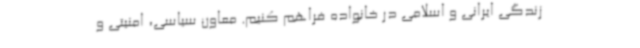
زندگی ایرانی و اسلامی در خانواده فراهم کنیم. معاون سیاسی، امنیتی و